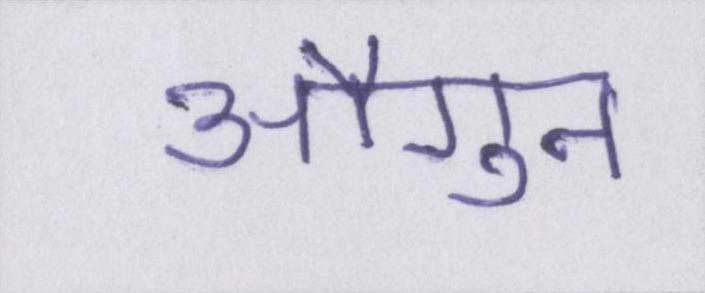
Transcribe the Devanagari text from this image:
औगुन